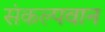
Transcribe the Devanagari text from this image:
संकल्पवान